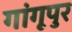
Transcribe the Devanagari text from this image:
गांगूपुर